Indian journal of veterinary science and animal husbandry - Volume 4,
Year: 1934
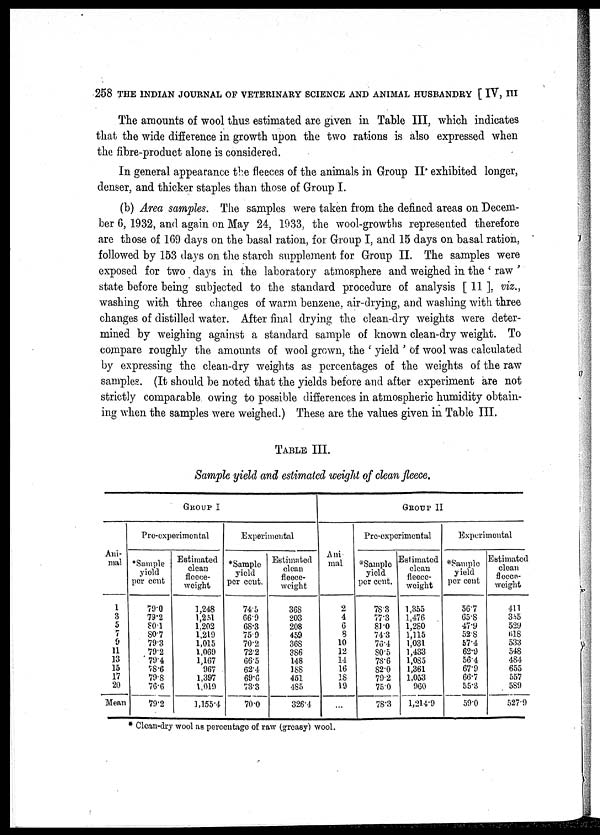
258 THE INDIAN JOURNAL OF VETERINARY SCIENCE AND ANIMAL HUSBANDRY [ IV, III
The amounts of wool thus estimated are given in Table III, which indicates
that the wide difference in growth upon the two rations is also expressed when
the fibre-product alone is considered.
In general appearance the fleeces of the animals in Group II. exhibited longer,
denser, and thicker staples than those of Group I.
(b) Area samples. The samples were taken from the defined areas on Decem-
ber 6, 1932, and again on May 24, 1933, the wool-growths represented therefore
are those of 169 days on the basal ration, for Group I, and 15 days on basal ration,
followed by 153 days on the starch supplement for Group II. The samples were
exposed for two days in the laboratory atmosphere and weighed in the ' raw '
state before being subjected to the standard procedure of analysis [ 11 ], viz.,
washing with three changes of warm benzene, air-drying, and washing with three
changes of distilled water. After final drying the clean-dry weights were deter-
mined by weighing against a standard sample of known clean-dry weight. To
compare roughly the amounts of wool grown, the ' yield ' of wool was calculated
by expressing the clean-dry weights as percentages of the weights of the raw
samples. (It should be noted that the yields before and after experiment are not
strictly comparable, owing to possible differences in atmospheric humidity obtain-
ing when the samples were weighed.) These are the values given in Table III.
TABLE III.
Sample yield and estimated weight of clean fleece.
GROUP I
Ani-
mal
1
3
5
7
9
11
13
15
17
20
Mean
Pre-experimental
*Sample
yield
per cent
79.0
79.2
80.1
80.7
79.3
79.2
79.4
78.6
79.8
76.6
79.2
Estimated
clean
fleece.
weight
1,248
1,251
1.202
1,219
1,015
1,069
1,167
967
1,397
1,019
1,155.4
Experimental
*Sample
yield
per cent.
74.5
66.9
68.3
75.9
70.2
72.2
66.5
62.4
69.6
73.3
70.0
Estimated
clean
fleece-
weight
368
203
208
459
368
386
148
188
451
485
326.4
GROUP I
Ani
mal
2
4
6
8
10
12
14
16
18
19
...
Pre-experimcntal
*Sample
yield
per cent.
78 3
77.3
81.0
74.3
76.4
80.5
78.6
82.0
79.2
75.0
78.3
Estimated
clean
fleece-
weight
1,355
1,476
1,280
1,115
1,031
1,433
1.085
1,361
1,053
960
1,214.9
Experimental
*Sample
yield
per cent
56.7
65.8
47.9
52.8
57.4
62.9
56.4
67.9
66.7
55.3
59.0
Estimated
clean
flecce-
weight
411
355
529
618
533
548
484
655
557
589
527.9
* Clean-dry wool as percentage of raw (greasy) wool.